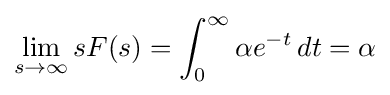
\lim _{s\to \infty }sF(s)=\int _{0}^{\infty }\alpha e^{-t}\,dt=\alpha